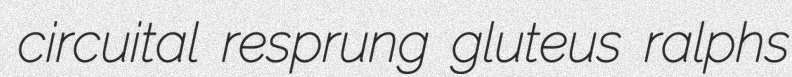
circuital resprung gluteus ralphs